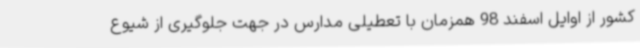
کشور از اوایل اسفند 98 همزمان با تعطیلی مدارس در جهت جلوگیری از شیوع